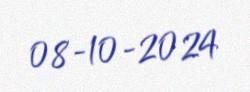
08-10-2024